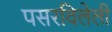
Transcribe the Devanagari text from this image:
पसरविलेली